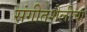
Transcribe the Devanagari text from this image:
संगीतशैलीचा